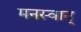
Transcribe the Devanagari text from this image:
मनस्वान्